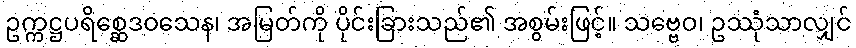
ဥက္ကဋ္ဌပရိစ္ဆေဒဝသေန၊ အမြတ်ကို ပိုင်းခြားသည်၏ အစွမ်းဖြင့်။ သဗ္ဗေဝ၊ ဥဿုံသာလျှင်